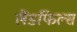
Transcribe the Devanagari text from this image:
लैंडफिल्स